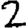
Digit: 2